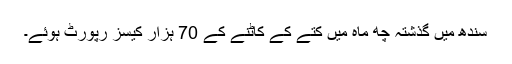
سندھ میں گذشتہ چھ ماہ میں کتے کے کاٹنے کے 70 ہزار کیسز رپورٹ ہوئے۔